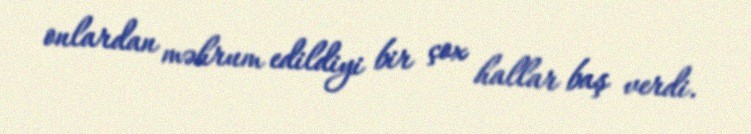
onlardan məhrum edildiyi bir çox hallar baş verdi.